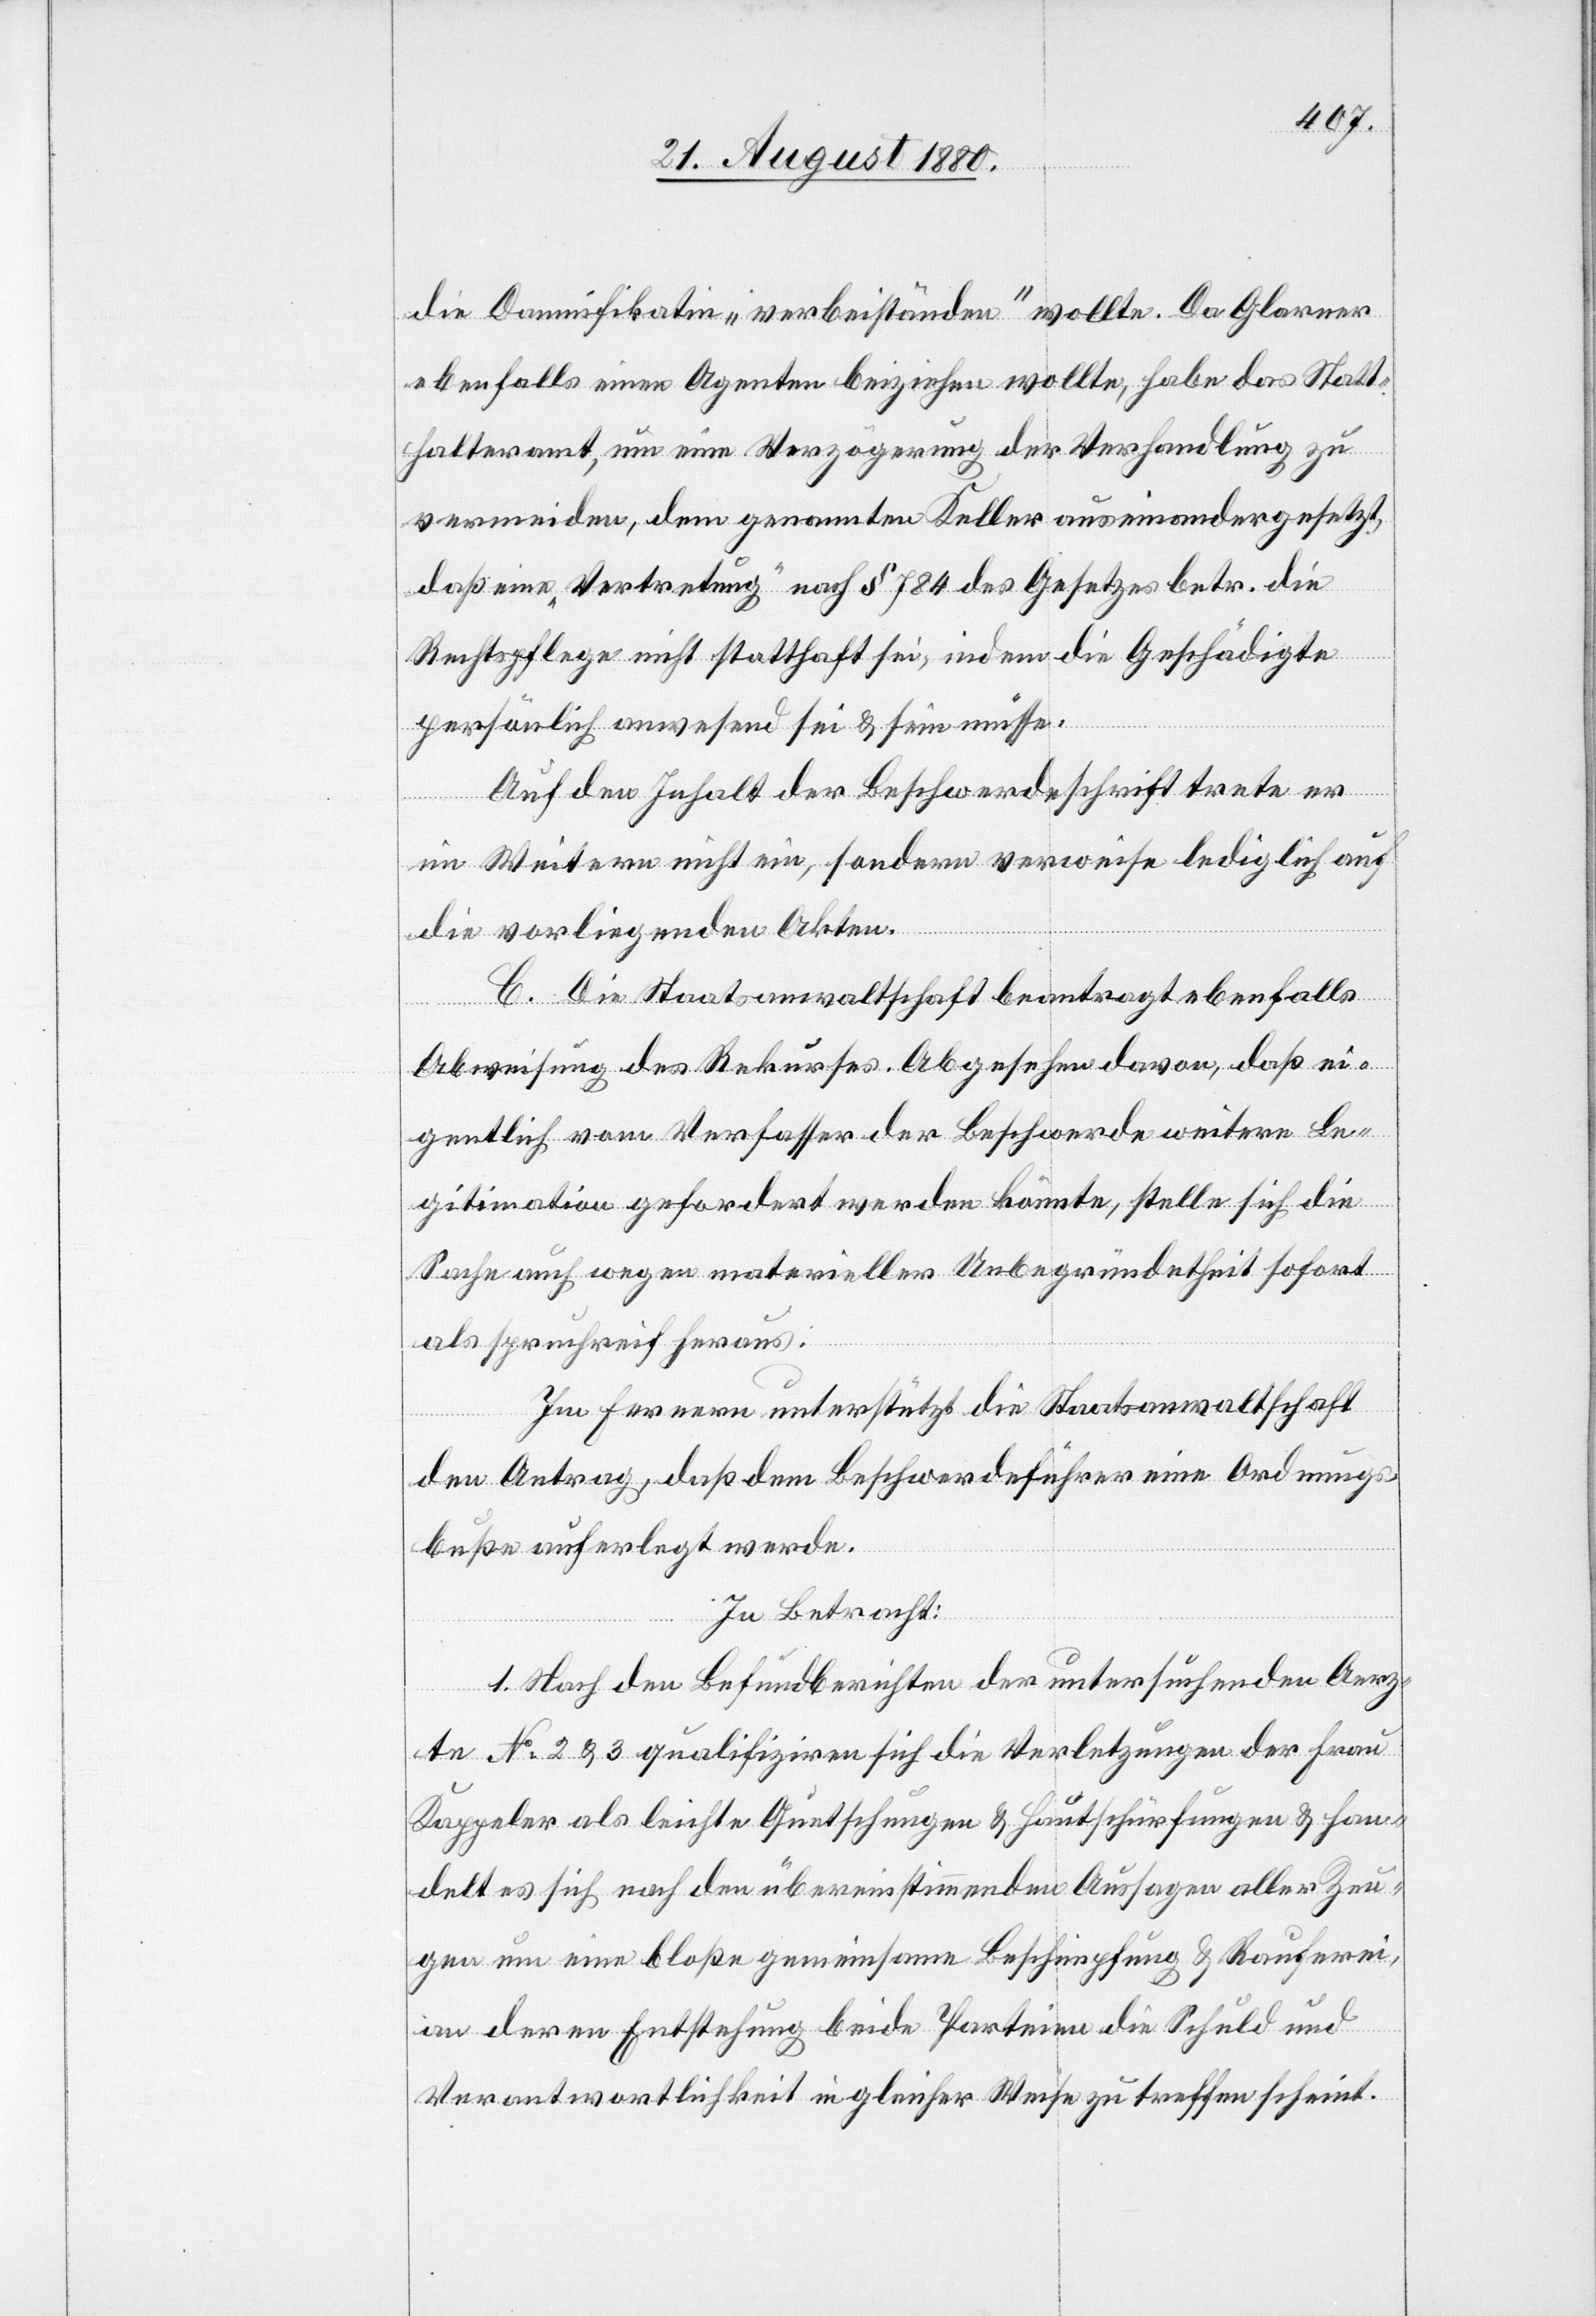
die Damnifikatin „verbeiständen“ wollte. Da Glarner
ebenfalls einen Agenten beiziehen wollte, habe das Statt¬
halteramt, um eine Verzögerung der Verhandlung zu
vermeiden, dem genannten Keller auseinandergesetzt,
daß eine „Vertretung“ nach § 784 des Gesetzes betr. die
Rechtspflege nicht statthaft sei, indem die Geschädigte
persönlich anwesend sei & sein müsse.
Auf den Inhalt der Beschwerdeschrift trete er
im Weitern nicht ein, sondern verweise lediglich auf
die vorliegenden Akten.
C. Die Staatsanwaltschaft beantragt ebenfalls
Abweisung des Rekurses. Abgesehen davon, daß ei¬
gentlich vom Verfasser der Beschwerde weitere Le¬
gitimation gefordert werden könnte, stelle sich die
Sache auch wegen materieller Unbegründetheit sofort
als spruchreif heraus.
Im Fernern unterstützt die Staatsanwaltschaft
den Antrag, daß dem Beschwerdeführer eine Ordnungs¬
buße auferlegt werde.
In Betracht:
1. Nach den Befundberichten der untersuchenden Aerz¬
te No 2 & 3 qualifiziren sich die Verletzungen der Frau
Kappeler als leichte Quetschungen & Hautschürfungen & han¬
delt es sich nach den übereinstimmenden Aussagen aller Zeu¬
gen um eine bloße gemeinsame Beschimpfung & Rauferei,
an deren Entstehung beide Parteien die Schuld und
Verantwortlichkeit in gleicher Weise zu treffen scheint.